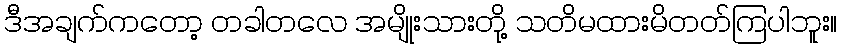
ဒီအချက်ကတော့ တခါတလေ အမျိုးသားတို့ သတိမထားမိတတ်ကြပါဘူး။